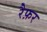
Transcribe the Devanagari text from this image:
रैफ़र